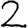
Digit: 2